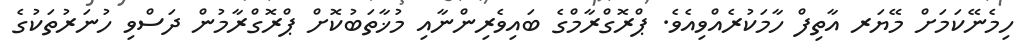
ހިމެނޭކަމަށް މޭޔަރ އާތިފް ހާމަކުރެއްވިއެވެ. ޕްރޮގްރާމްގެ ބައިވެރިންނާއި މުޚާތަބުކޮށް ޕްރޮގްރާމުން ދަސްވި ހުނަރުތަކުގެ